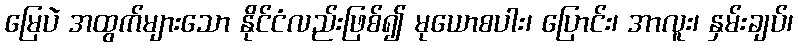
မြေပဲ အထွက်များသော နိုင်ငံလည်းဖြစ်၍ မုယောစပါး၊ ပြောင်း၊ အာလူး၊ နှမ်းချပ်၊